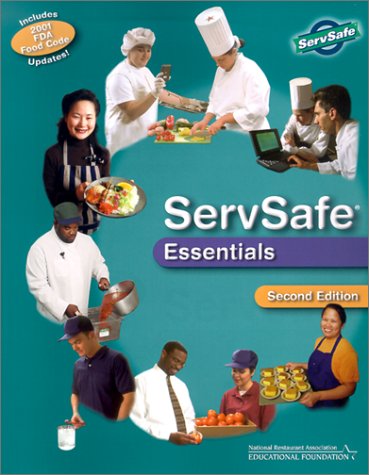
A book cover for ServSafe Essentials, Second Edition (with the Scantron Certification Exam Form); National Restaurant Association Educational Foundation; Cookbooks, Food & Wine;